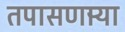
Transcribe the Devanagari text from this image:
तपासणार्‍या